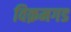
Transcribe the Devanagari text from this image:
विक़मगड